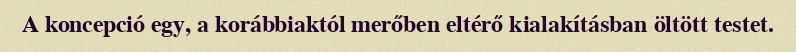
A koncepció egy, a korábbiaktól merőben eltérő kialakításban öltött testet.